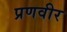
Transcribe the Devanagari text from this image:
प्रणवीर